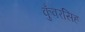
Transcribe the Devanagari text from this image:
कुँवरसिह